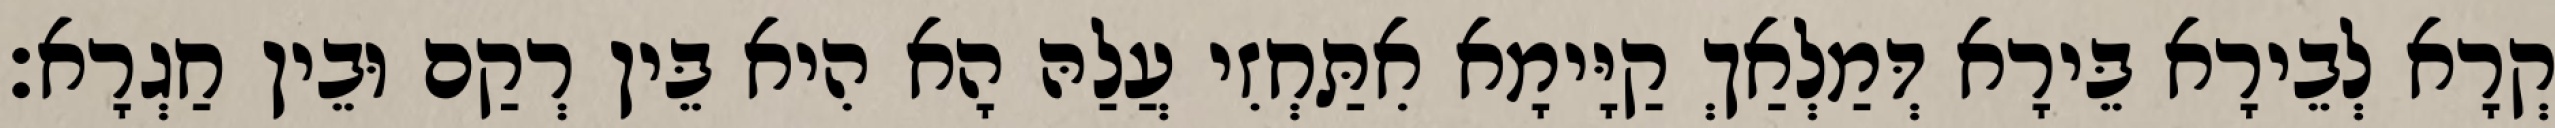
קְרָא לְבֵירָא בֵּירָא דְּמַלְאַךְ קַיָּימָא אִתַּחְזִי עֲלַהּ הָא הִיא בֵּין רְקַם וּבֵין חַגְרָא׃